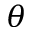
\theta